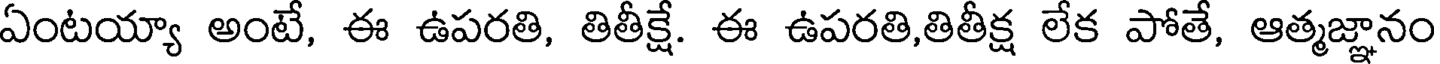
ఏంటయ్యా అంటే, ఈ ఉపరతి, తితీక్షే. ఈ ఉపరతి,తితీక్ష లేక పోతే, ఆత్మజ్ఞానం